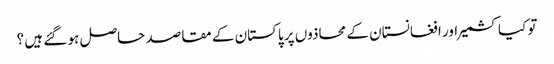
تو کیا کشمیر اور افغانستان کے محاذوں پر پاکستان کے مقاصد حاصل ہو گئے ہیں ؟